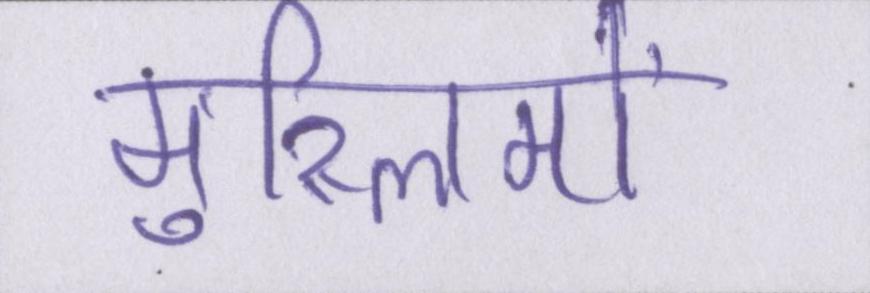
मुस्लिमों